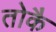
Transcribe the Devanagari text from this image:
तोकै